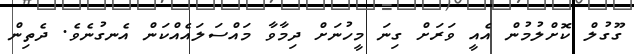
ގޫގުލް ކޮށްލުމުން އެއީ ވަރަށް ގިނަ މީހުނަށް ދިމާވާ މައްސަލައެއްކަން އެނގުނެވެ. ދެތިން